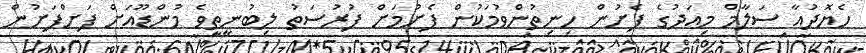
ހެޔޮދުއާ ސަލާމް މިއަދުގެ ފެށުން ހިނިތުންވުމަކުން ފެށުމަށް ފުރުސަތު ލިބުނީތީވެ މުންޑޫއަށް ފަށްފަށުން